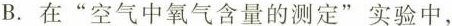
B.在”空气中氧气含量的测定”实验中，